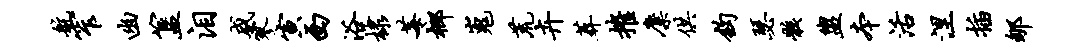
航窄幽簋泪咸寥寅西浴棣莓榔嵬荒卉葬摧麋供钩瑟骸盥本活涅插郇